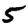
Digit: 5